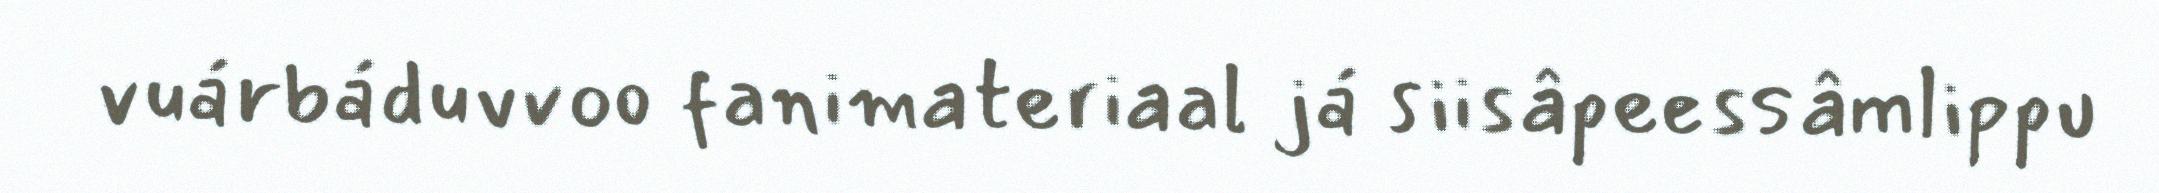
vuárbáduvvoo fanimateriaal já siisâpeessâmlippu